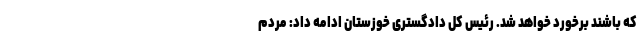
که باشند برخورد خواهد شد. رئیس کل دادگستری خوزستان ادامه داد: مردم